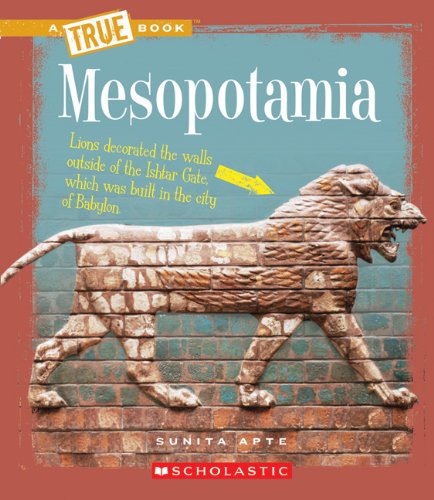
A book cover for Mesopotamia (True Books: Ancient Civilizations); Sunita Apte; History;